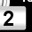
Digit: 2